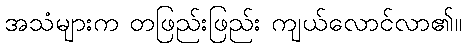
အသံများက တဖြည်းဖြည်း ကျယ်လောင်လာ၏။